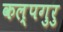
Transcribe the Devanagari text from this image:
कल्पगुरु